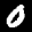
Label: 0